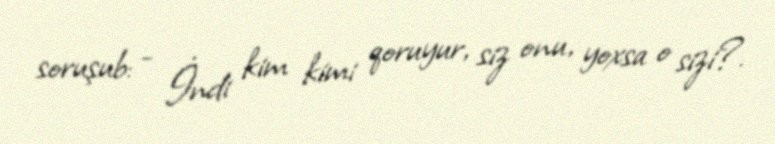
soruşub: - İndi kim kimi qoruyur, siz onu, yoxsa o sizi?.